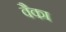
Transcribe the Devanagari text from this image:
वैका